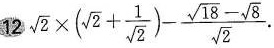
12 $$\sqrt { 2 } \times ( \sqrt { 2 } +